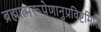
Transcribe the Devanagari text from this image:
ब्रह्मात्मरूपेणानुप्रविष्टमिति